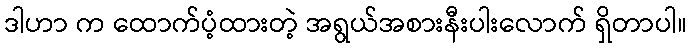
ဒါဟာ က ထောက်ပံ့ထားတဲ့ အရွယ်အစားနီးပါးလောက် ရှိတာပါ။